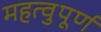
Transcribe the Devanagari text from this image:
महत्वुपूर्ण